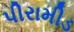
પીરામીડ